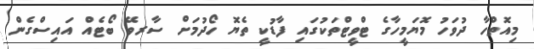
މިއޮތްހާ ދުވަހު މޮޔަމީހާގެ ޓްވީޓްތަކުގައި ފާޑުކީ ތެޔޮ ހޯދުމަށް ސާރވޭ ބޯޓެއް އައިސްގެން